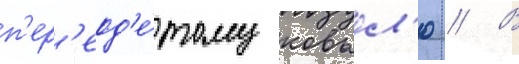
п'ер'еод'е́тому ковьел'ю // В